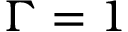
\Gamma = 1